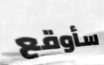
سأوقع